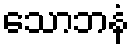
သောဘနံ